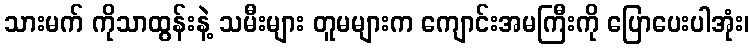
သားမက် ကိုသာထွန်းနဲ့ သမီးများ တူမများက ကျောင်းအမကြီးကို ပြောပေးပါအုံး၊